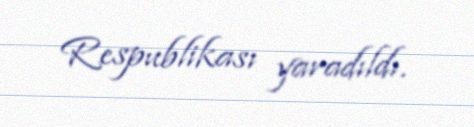
Respublikası yaradıldı.